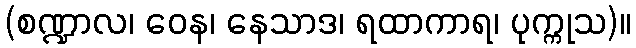
(စဏ္ဍာလ၊ ဝေန၊ နေသာဒ၊ ရထာကာရ၊ ပုက္ကုသ)။